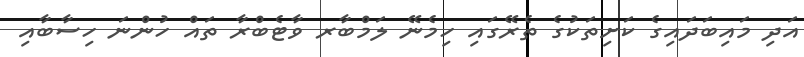
އަދި މައިބަދައިގެ ކަށިތަކުގެ ތެރޭގައި ހިމެނޭ ލަމްބާރ ވާޓެބްރާ ތައް ހުންނަ ހިސާބާއި